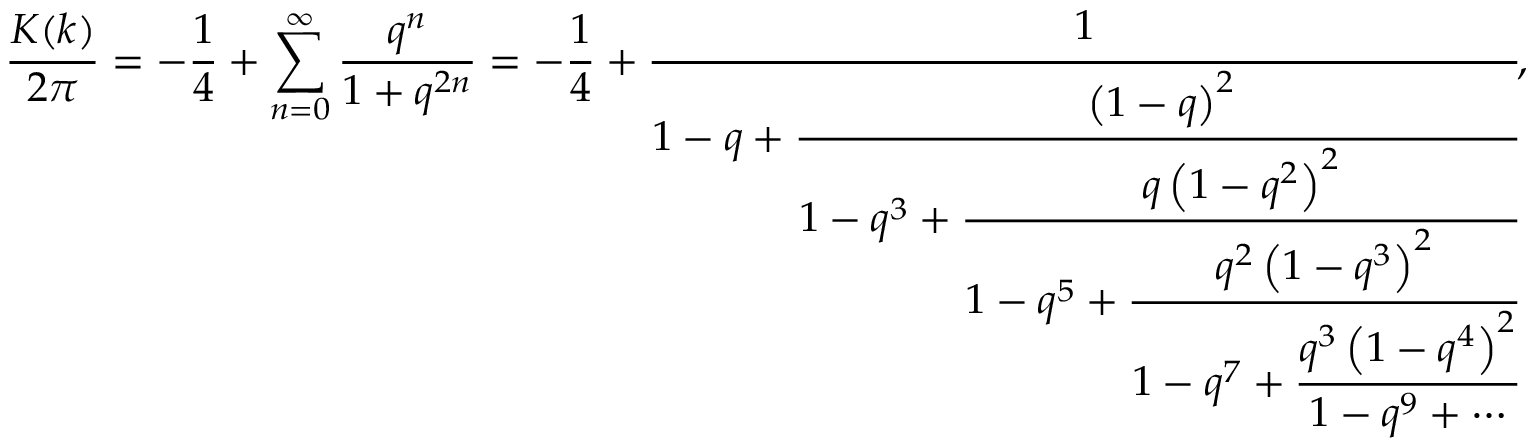
{ \frac { K ( k ) } { 2 \pi } } = - { \frac { 1 } { 4 } } + \sum _ { n = 0 } ^ { \infty } { \frac { q ^ { n } } { 1 + q ^ { 2 n } } } = - { \frac { 1 } { 4 } } + { \cfrac { 1 } { 1 - q + { \cfrac { \left( 1 - q \right) ^ { 2 } } { 1 - q ^ { 3 } + { \cfrac { q \left( 1 - q ^ { 2 } \right) ^ { 2 } } { 1 - q ^ { 5 } + { \cfrac { q ^ { 2 } \left( 1 - q ^ { 3 } \right) ^ { 2 } } { 1 - q ^ { 7 } + { \cfrac { q ^ { 3 } \left( 1 - q ^ { 4 } \right) ^ { 2 } } { 1 - q ^ { 9 } + \cdots } } } } } } } } } } ,